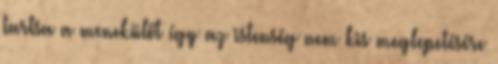
tartsa a menekülőt így az istenség nem kis meglepetésére